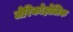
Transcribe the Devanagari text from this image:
जेरिकोहोलिक